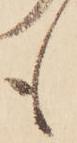
も